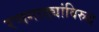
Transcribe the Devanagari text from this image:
रणगाड्यांविरुद्ध